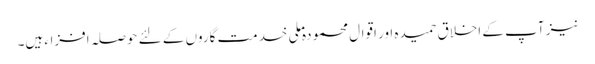
نیز آپ کے اخلاق حمیدہ اور اقوال محمودہ ملی خدمت گاروں کے لئے حوصلہ افزاء ہیں۔